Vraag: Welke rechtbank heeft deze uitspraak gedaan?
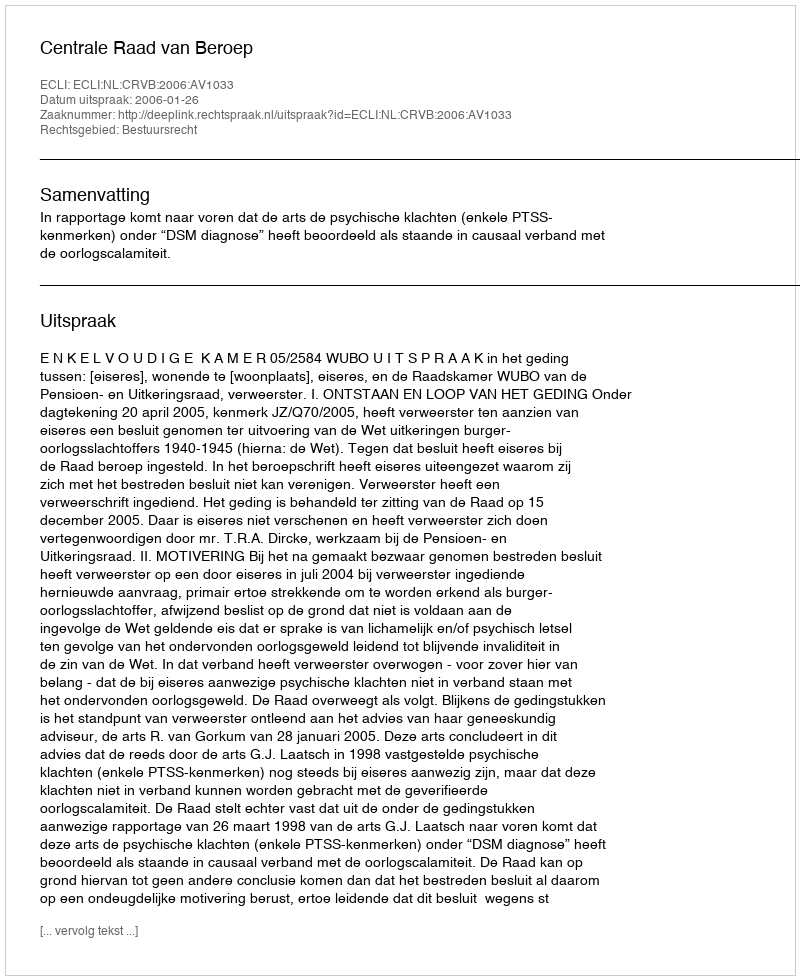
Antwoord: Centrale Raad van Beroep